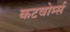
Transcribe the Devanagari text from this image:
कटवोर्म्स